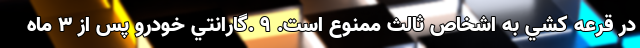
در قرعه كشي به اشخاص ثالث ممنوع است. 9 .گارانتي خودرو پس از 3 ماه